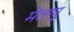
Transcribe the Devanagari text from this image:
मेलायू